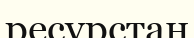
ресурстан